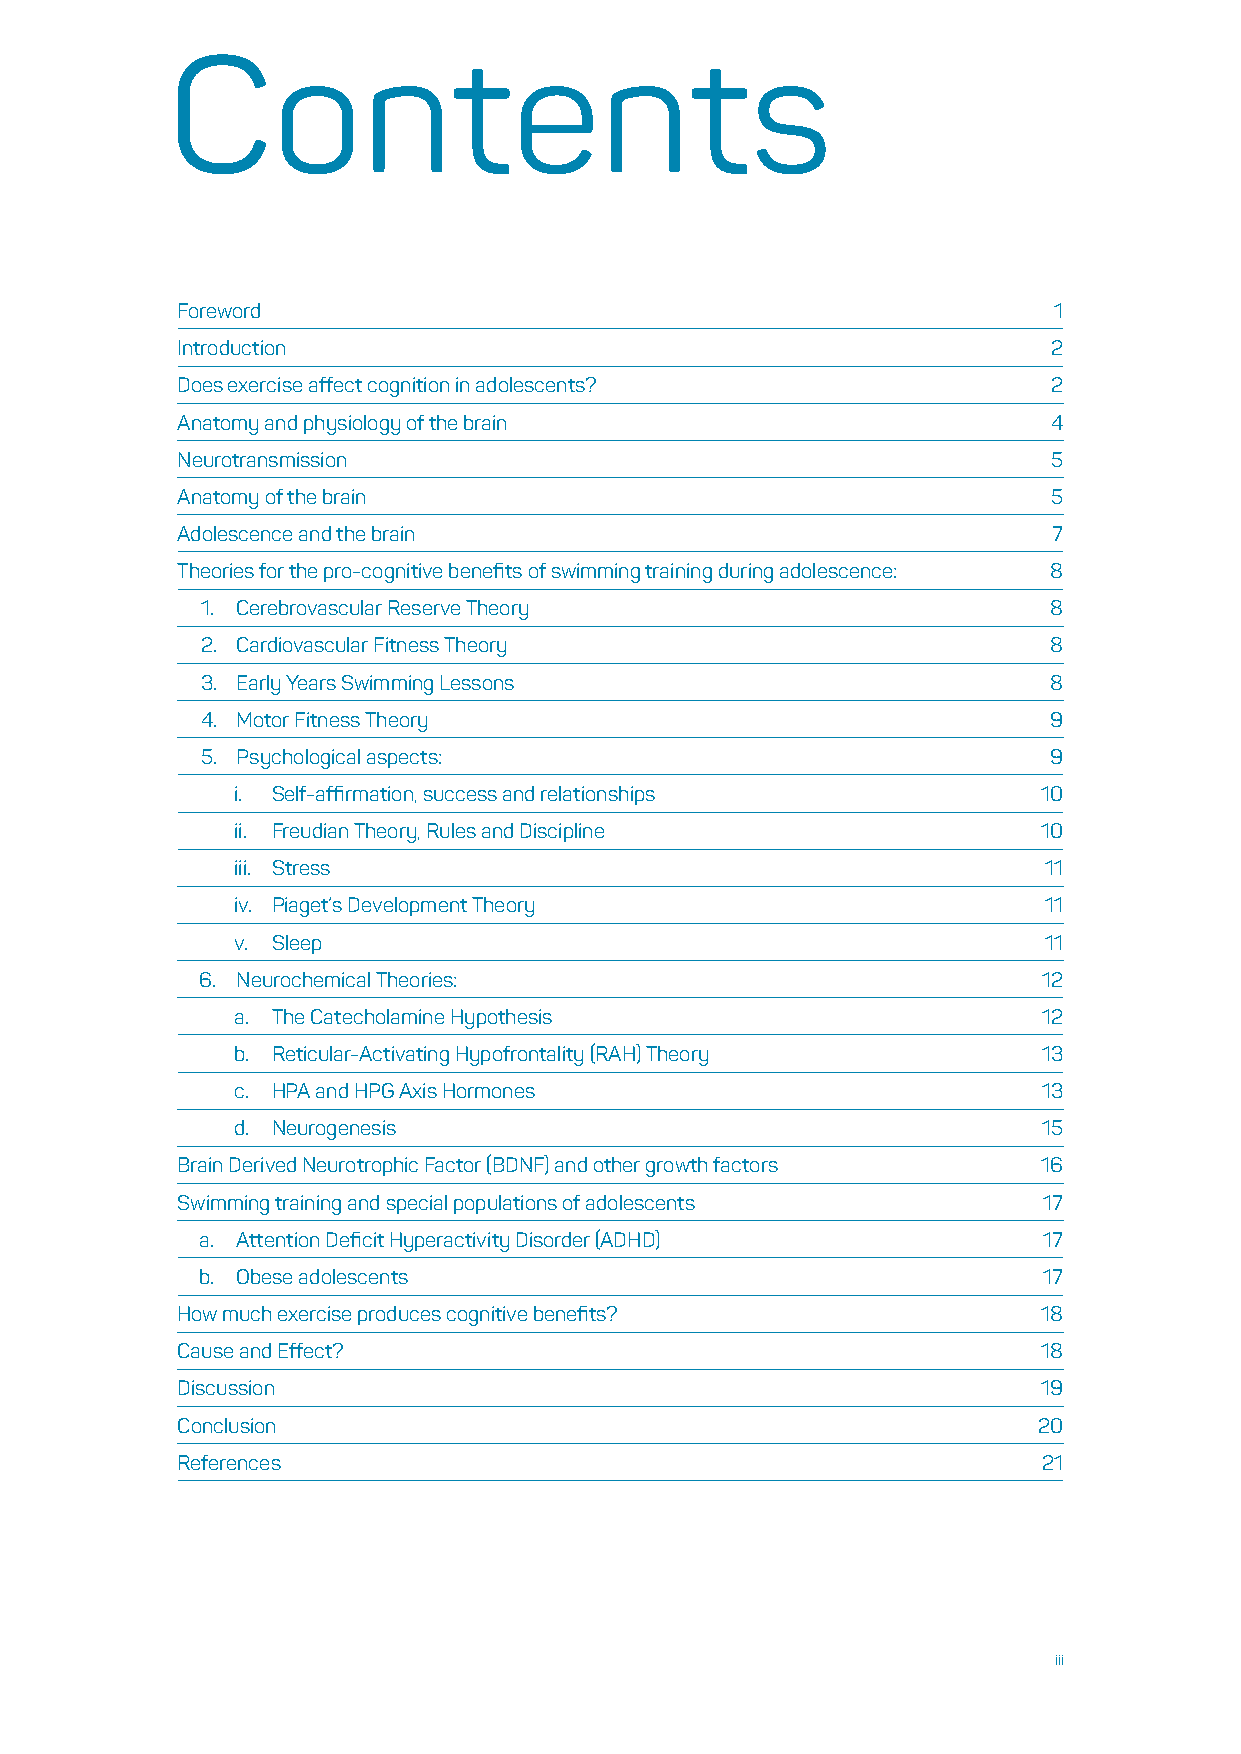
Contents
 Foreword                                                  1
 Introduction                                              2
 Does exercise affect cognition in adolescents?            2
 Anatomy and physiology of the brain                       4
 Neurotransmission                                         5
 Anatomy of the brain                                      5
 Adolescence and the brain                                 7
 Theories for the pro-cognitive benefits of swimming training during adolescence: 8
 1. Cerebrovascular Reserve Theory                        8
 2. Cardiovascular Fitness Theory                         8
 3. Early Years Swimming Lessons                          8
 4. Motor Fitness Theory                                 9
 5. Psychological aspects:                               9
 i. Self-affirmation, success and relationships       10
 ii. Freudian Theory, Rules and Discipline            10
 iii. Stress                                          11
 iv. Piaget’s Development Theory                      11
 v. Sleep                                             11
 6. Neurochemical Theories:                              12
 a. The Catecholamine Hypothesis                      12
 b. Reticular-Activating Hypofrontality (RAH) Theory  13
 c. HPA and HPG Axis Hormones                         13
 d. Neurogenesis                                      15
 Brain Derived Neurotrophic Factor (BDNF) and other growth factors 16
 Swimming training and special populations of adolescents 17
 a. Attention Deficit Hyperactivity Disorder (ADHD)      17
 b. Obese adolescents                                    17
 How much exercise produces cognitive benefits?           18
 Cause and Effect?                                        18
 Discussion                                               19
 Conclusion                                               20
 References                                               21
 iii